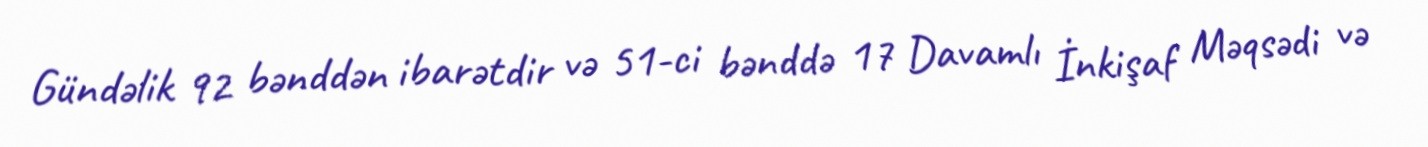
Gündəlik 92 bənddən ibarətdir və 51-ci bənddə 17 Davamlı İnkişaf Məqsədi və